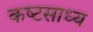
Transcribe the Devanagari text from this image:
कष्‍टसाध्‍य